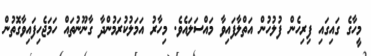
މީހާގެ ގައިގައި ފިރިހެން ފުލުހުން އަތްލާފައިވާ މައްސަލައެވެ. މިހާރު އަމަލުކުރަމުންދާ ގާނޫނުތައް ހަމަޖެހިފައިވާގޮތުން